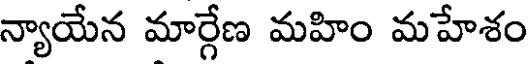
న్యాయేన మార్గేణ మహిం మహేశం